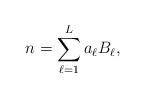
LaTeX: \begin{align*} n = \sum_{\ell=1}^L a_\ell B_\ell, \end{align*}